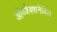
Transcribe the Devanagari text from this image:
ओव्जेक्शनेबिल